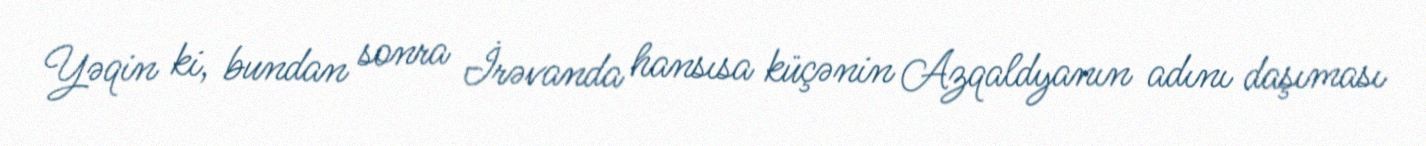
Yəqin ki, bundan sonra İrəvanda hansısa küçənin Azqaldyanın adını daşıması